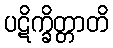
ပဋိက္ခိတ္တာတိ